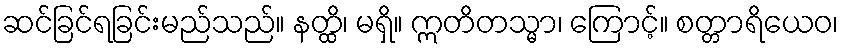
ဆင်ခြင်ရခြင်းမည်သည်။ နတ္ထိ၊ မရှိ။ ဣတိတသ္မာ၊ ကြောင့်။ စတ္တာရိယေဝ၊